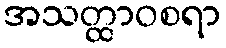
အသတ္ထာဝစရာ